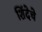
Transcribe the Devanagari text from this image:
शिंदेचे